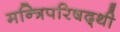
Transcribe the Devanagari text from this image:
मन्त्रिपरिषद्‍थी